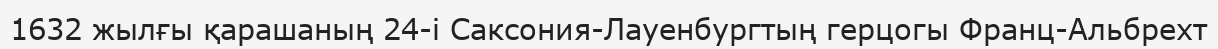
1632 жылғы қарашаның 24-і Саксония-Лауенбургтың герцогы Франц-Альбрехт